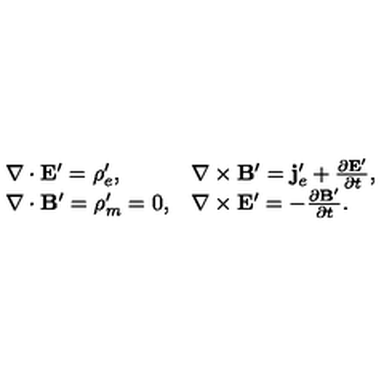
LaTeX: \begin{array} { l l } { \nabla \cdot \mathbf { E } ^ { \prime } = \rho _ { e } ^ { \prime } , } & { \nabla \times \mathbf { B } ^ { \prime } = \mathbf { j } _ { e } ^ { \prime } + \frac { \partial \mathbf { E ^ { \prime } } } { \partial t } , } \\ { \nabla \cdot \mathbf { B } ^ { \prime } = \rho _ { m } ^ { \prime } = 0 , } & { \nabla \times \mathbf { E } ^ { \prime } = - \frac { \partial \mathbf { B ^ { \prime } } } { \partial t } . } \\ \end{array}